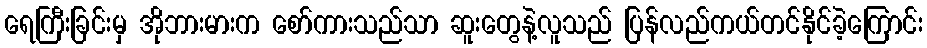
ရေကြီးခြင်းမှ အိုဘားမားက စော်ကားသည်သာ ဆူးတွေနဲ့လူသည် ပြန်လည်ကယ်တင်နိုင်ခဲ့ကြောင်း